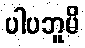
ပါပဘူမိ